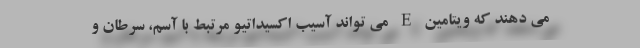
می دهند که ویتامین E می تواند آسیب اکسیداتیو مرتبط با آسم، سرطان و